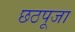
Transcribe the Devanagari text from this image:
छठपूजा